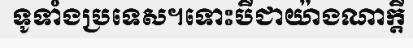
ទូទាំងប្រទេស។ទោះបីជាយ៉ាងណាក្តី